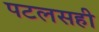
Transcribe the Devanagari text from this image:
पटलसही